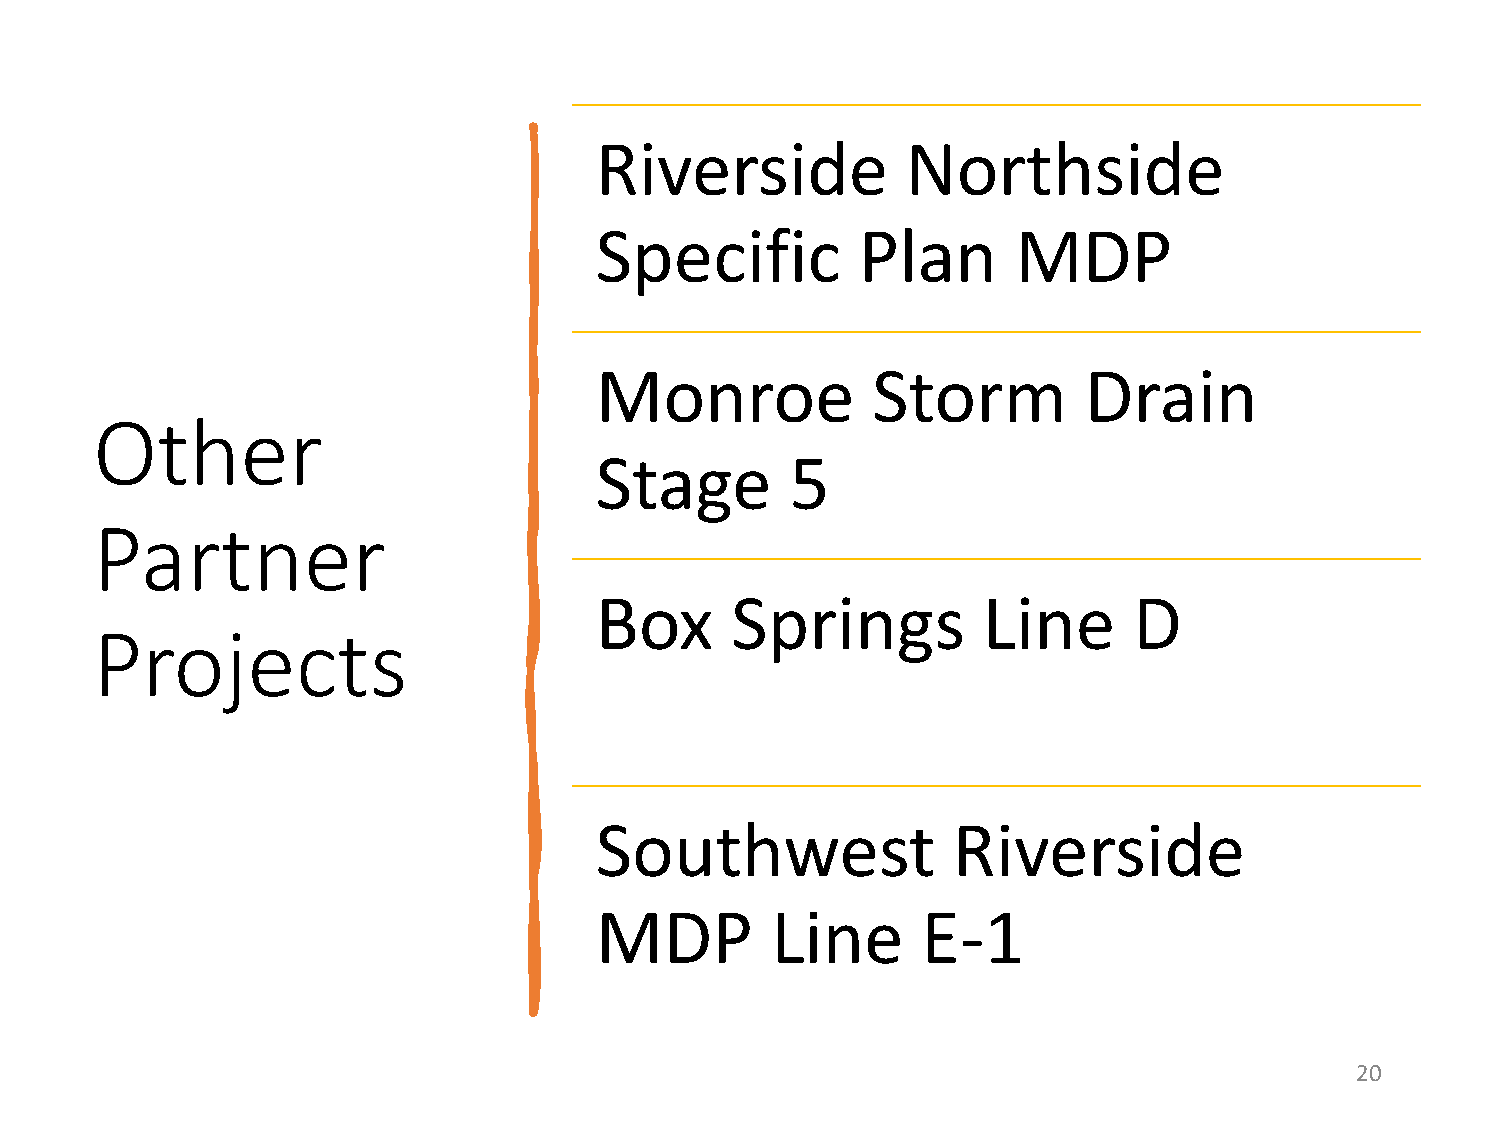
Riverside            Northside
 Specific          Plan      MDP
 Monroe             Storm         Drain
 Other
 Stage        5
 Partner
 Box      Springs          Line      D
 Projects
 Southwest               Riverside
 MDP         Line      E-1
 20